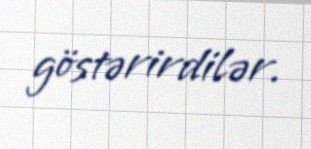
göstərirdilər.